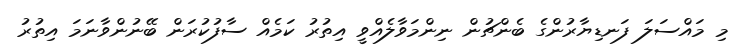
މި މައްސަލަ ފަނޑިޔާރުންގެ ބެންޗުން ނިންމަވާލެއްވީ އިތުރު ކަމެއް ސާފުކުރަން ބޭނުންވާނަމަ އިތުރު